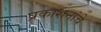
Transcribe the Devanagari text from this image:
प्रकाशनांचे